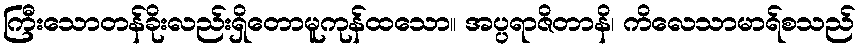
ကြီးသောတန်ခိုးလည်းရှိတောမူကုန်ထသော။ အပ္ပရာဇိတာနိ၊ ကိလေသာမာရ်စသည်